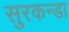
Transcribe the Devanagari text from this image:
सुरकन्डा